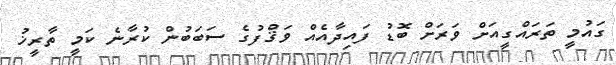
ގައުމީ ތަރައްގީއަށް ވަރަށް ބޮޑު ފައިދާއެއް ވަޤްފުގެ ސަބަބުން ކުރާނެ ކަމީ ތާރީޚު